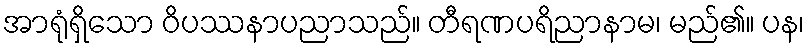
အာရုံရှိသော ဝိပဿနာပညာသည်။ တီရဏပရိညာနာမ၊ မည်၏။ ပန၊